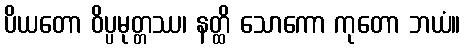
ပိယတော ဝိပ္ပမုတ္တဿ၊ နတ္ထိ သောကော ကုတော ဘယံ။